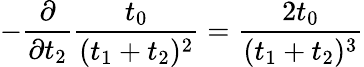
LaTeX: -\frac{\partial}{\partial t_{2}}\frac{t_{0}}{(t_{1}+t_{2})^{2}}=\frac{2t_{0}}{(t_{1}+t_{2})^{3}}